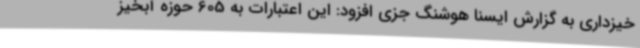
خیزداری به گزارش ایسنا هوشنگ جزی افزود: این اعتبارات به 605 حوزه آبخیز